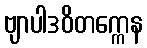
ဗျာပါဒဝိတက္ကေန